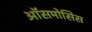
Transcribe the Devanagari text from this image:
ऑसमोसिस